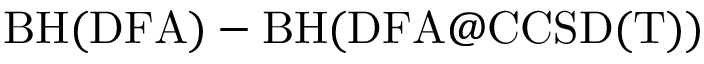
\mathrm { B H ( D F A ) } - \mathrm { B H ( D F A @ C C S D ( T ) ) }